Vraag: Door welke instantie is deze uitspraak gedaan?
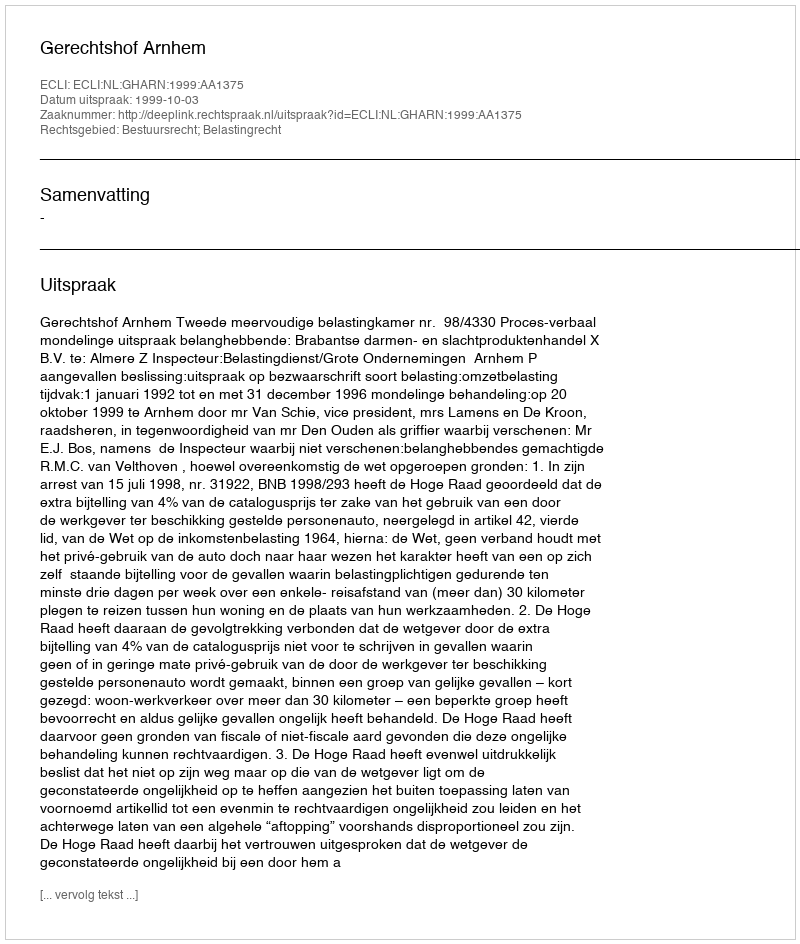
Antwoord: Gerechtshof Arnhem